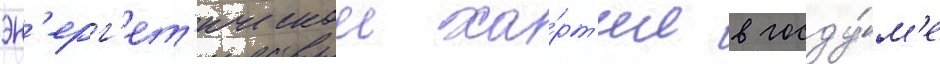
эн'ерг'ет'ическои ха́рт'ии в госду́м'е